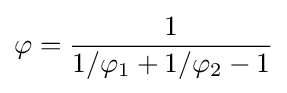
\varphi ={\frac {1}{1/\varphi _{1}+1/\varphi _{2}-1}}